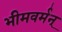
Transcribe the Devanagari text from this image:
भीमवर्मन्